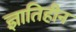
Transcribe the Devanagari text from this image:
ज्ञातिहीन